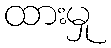
ထားမှု